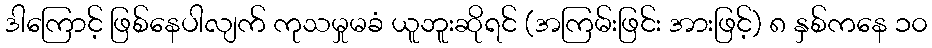
ဒါကြောင့် ဖြစ်နေပါလျက် ကုသမှုမခံ ယူဘူးဆိုရင် (အကြမ်းဖြင်း အားဖြင့်) ၈ နှစ်ကနေ ၁၀